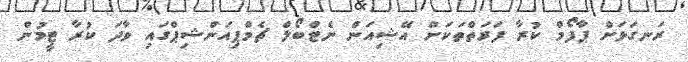
ރަނގަޅަށް ޕާފޯމް ކުރާ ފަރަތްތަކަށް އޭޝިއަން ނެޓްބޯލް ޗެމްޕިއަންޝިޕްގައި ވާދަ ކުރާ ޓީމުން